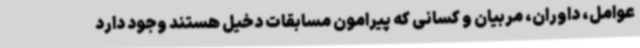
عوامل، داوران، مربیان و کسانی که پیرامون مسابقات دخیل هستند وجود دارد